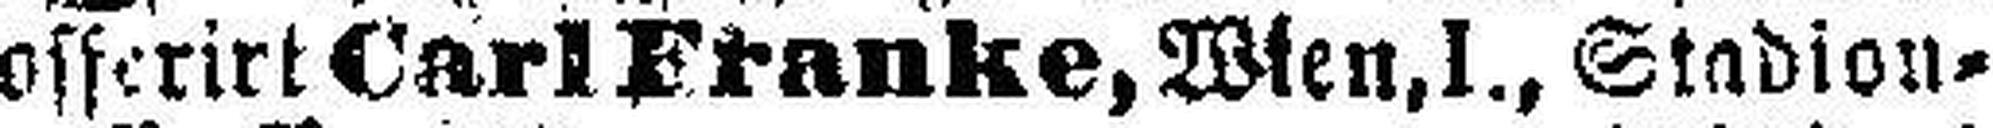
offerirt Carl Franke, Wien, I., Stadion¬